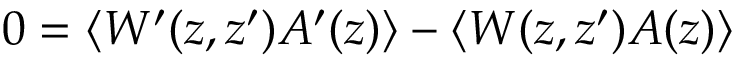
0 = \langle W ^ { \prime } ( z , z ^ { \prime } ) A ^ { \prime } ( z ) \rangle - \langle W ( z , z ^ { \prime } ) A ( z ) \rangle